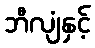
ဘီလျံနှင့်